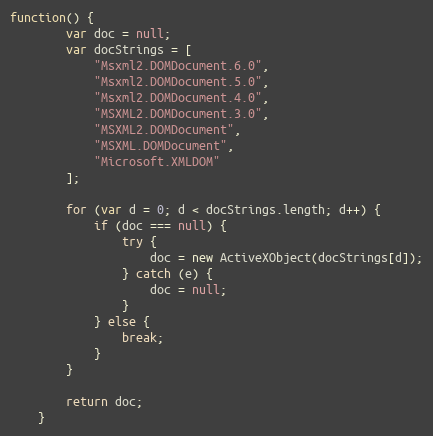
Language: JavaScript
function() {
        var doc = null;
        var docStrings = [
            "Msxml2.DOMDocument.6.0",
            "Msxml2.DOMDocument.5.0",
            "Msxml2.DOMDocument.4.0",
            "MSXML2.DOMDocument.3.0",
            "MSXML2.DOMDocument",
            "MSXML.DOMDocument",
            "Microsoft.XMLDOM"
        ];

        for (var d = 0; d < docStrings.length; d++) {
            if (doc === null) {
                try {
                    doc = new ActiveXObject(docStrings[d]);
                } catch (e) {
                    doc = null;
                }
            } else {
                break;
            }
        }

        return doc;
    }